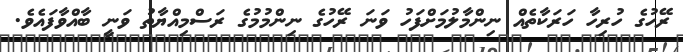
ރޭހުގެ ހުރިހާ ހަރަކާތެއް ނިންމާލުމަށްފަހު ވަނަ ރޭހުގެ ނިންމުމުގެ ރަސްމިއްޔާތު ވަނީ ބާއްވާފައެވެ.